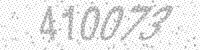
Solution: 410073